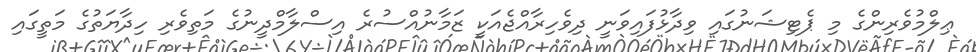
ޢިލްމުވެރިންގެ މި ޕެޓިޝަނުގައި ވިދާޅުފައިވަނީ ދިވެހިރާއްޖެއަކީ ޒަމާނުއްސުރެ އިސްލާމްދީނުގެ މަތިވެރި ހިދާޔަތުގެ މަތީގައި